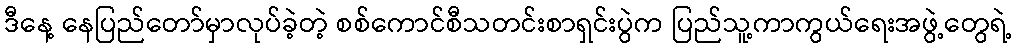
ဒီနေ့ နေပြည်တော်မှာလုပ်ခဲ့တဲ့ စစ်ကောင်စီသတင်းစာရှင်းပွဲက ပြည်သူ့ကာကွယ်ရေးအဖွဲ့တွေရဲ့